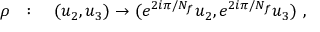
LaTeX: \rho ~ ~ : \quad ( u _ { 2 } , u _ { 3 } ) \to ( e ^ { 2 i \pi / N _ { f } } u _ { 2 } , e ^ { 2 i \pi / N _ { f } } u _ { 3 } ) ~ ,